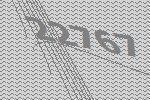
22767